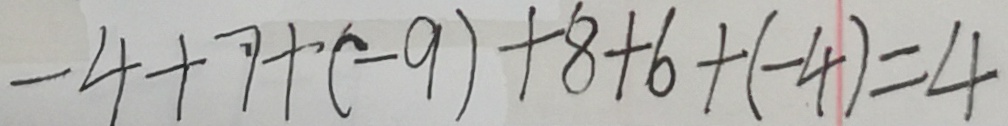
- 4 + 7 + ( - 9 ) + 8 + 6 + ( - 4 ) = 4